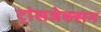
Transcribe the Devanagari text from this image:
ट्रांसजेक्सन